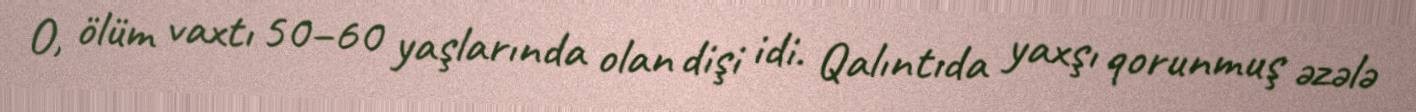
O, ölüm vaxtı 50–60 yaşlarında olan dişi idi. Qalıntıda yaxşı qorunmuş əzələ